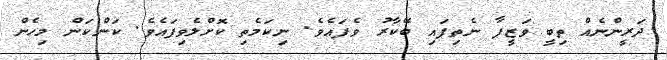
ދަރީންނެއް ތިބީ ވަޒީފާ ނެތިފައި ބޭކާރު ވެފައެވެ. ނިކަމެތި ކޮށްލެވިފައެވެ. ކަންކަން މިހެން